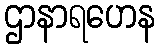
ဌာနာရဟေန